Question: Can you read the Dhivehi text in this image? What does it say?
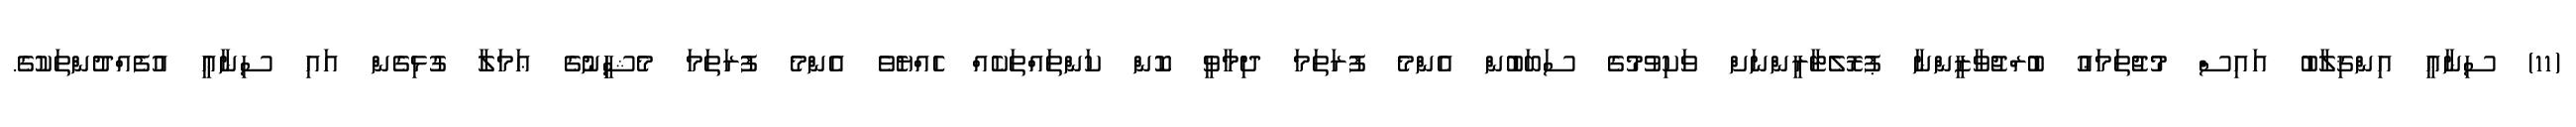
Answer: (11) ސިނާޢީ އިންޤިލާބު އައިސް މުޖުތަމަޢު ބުރްޖުވާޒީންނާ ޕުރޮލެޓާރީންނަށް ވަކިވުމުގެ ސަބަބުން އެންމެ ފުރަތަމަ ދިމާވީ ކޮން ކަންތައްތަކެއް ހެއްޔެވެ އެންމެ ފުރަތަމަ މެޝިީނުގެ ޢަމަލާ ގުޅިގެން އައި ސިނާޢީ އުފެއްދުންތަކުގެ.